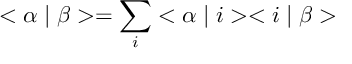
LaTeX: < \alpha \mid \beta > = \sum _ { i } ^ { } < \alpha \mid i > < i \mid \beta >